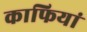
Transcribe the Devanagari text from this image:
काफियां